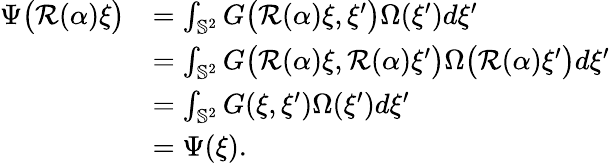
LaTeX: \begin{array}{rl}{\Psi\big(\mathcal{R}(\alpha)\xi\big)}&{=\int_{\mathbb{S}^{2}}G\big(\mathcal{R}(\alpha)\xi,\xi^{\prime}\big)\Omega(\xi^{\prime})d\xi^{\prime}}\\ &{=\int_{\mathbb{S}^{2}}G\big(\mathcal{R}(\alpha)\xi,\mathcal{R}(\alpha)\xi^{\prime}\big)\Omega\big(\mathcal{R}(\alpha)\xi^{\prime}\big)d\xi^{\prime}}\\ &{=\int_{\mathbb{S}^{2}}G(\xi,\xi^{\prime})\Omega(\xi^{\prime})d\xi^{\prime}}\\ &{=\Psi(\xi).}\end{array}